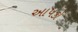
આપકો